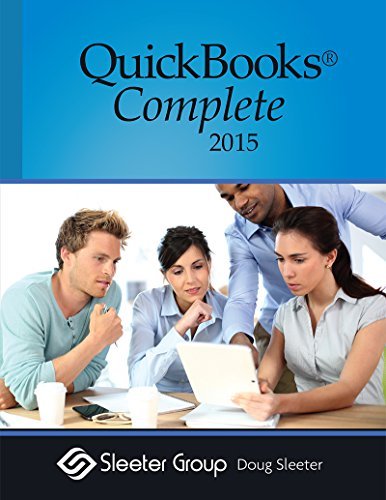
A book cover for QuickBooks Complete - Version 2015; Doug Sleeter; Computers & Technology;